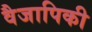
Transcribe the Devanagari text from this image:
वैजापिकी